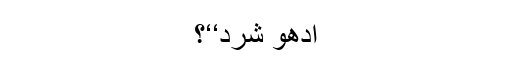
ادھو شرد‘‘؟